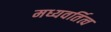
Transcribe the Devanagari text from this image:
मध्यवर्तित्व